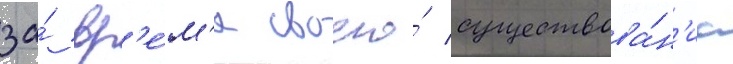
за́ вр'е́м'я своего́ существова́н'иа